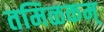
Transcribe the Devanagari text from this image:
तमिळकम्‌